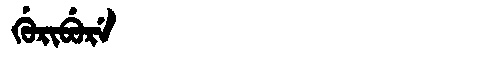
Manchu: ᡤᡠᡵᡳᠪᡠᡵᡝ
Romanization: GURIBURE